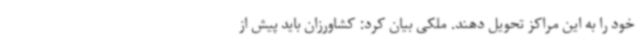
خود را به این مراکز تحویل دهند. ملکی بیان کرد: کشاورزان باید پیش از